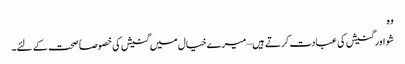
وہ
شو اور گنیش کی عبادت کرتے ہیں – میرے خیال میں گنیش کی خصوصاً صحت کے لئے۔